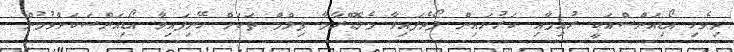
ދިވެހި އޯޑިއަންސްއަކީ ރުއިމާއި ކަރުނައިން ފޯވެފައިވާ މެލޮޑްރާމާ ފިލްމް ތަކަށް ހޭނިފައިވާ އޯޑިއަންސަކަށްވުމުން